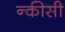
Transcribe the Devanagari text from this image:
न्कीसी